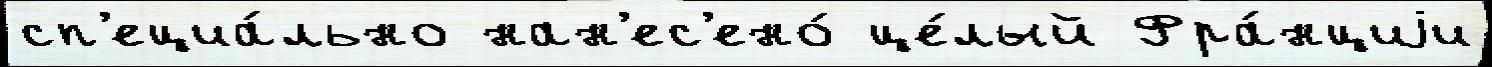
сп'ециа́льно нан'ес'ено́ це́лый Фра́нциjи